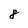
Character: 8